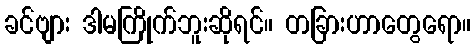
ခင်ဗျား ဒါမကြိုက်ဘူးဆိုရင်။ တခြားဟာတွေရော။